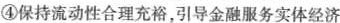
④保持流动性合理充裕，引导金融服务实体经济